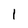
Character: 1